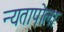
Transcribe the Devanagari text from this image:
न्यतापोला